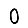
Digit: 0